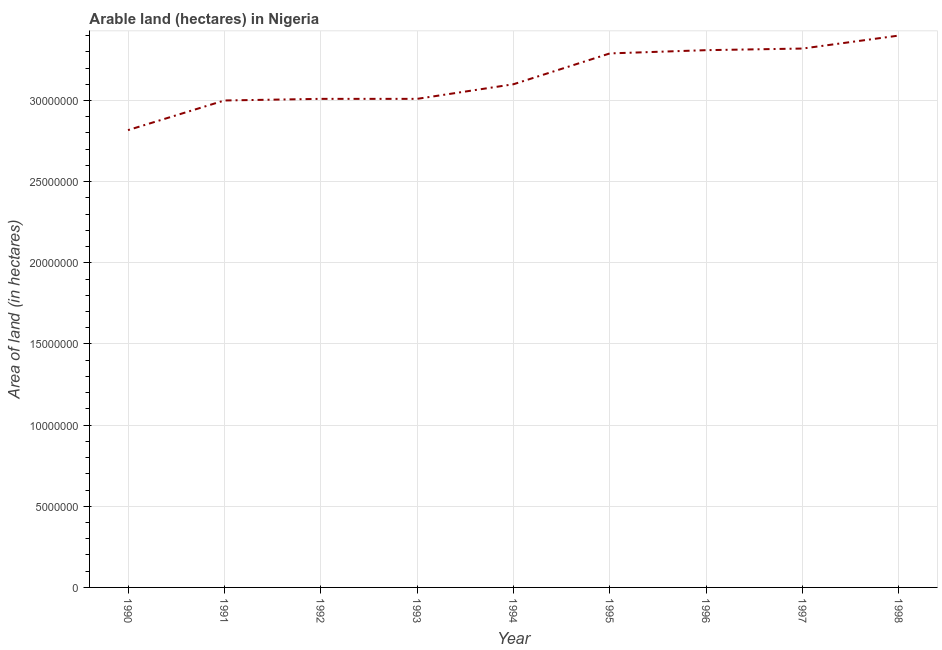
| Year | Area of land |
 | --- | --- |
 | 1990 | 2.82e+07 |
 | 1991 | 3e+07 |
 | 1992 | 3.01e+07 |
 | 1993 | 3.01e+07 |
 | 1994 | 3.1e+07 |
 | 1995 | 3.29e+07 |
 | 1996 | 3.31e+07 |
 | 1997 | 3.32e+07 |
 | 1998 | 3.4e+07 |